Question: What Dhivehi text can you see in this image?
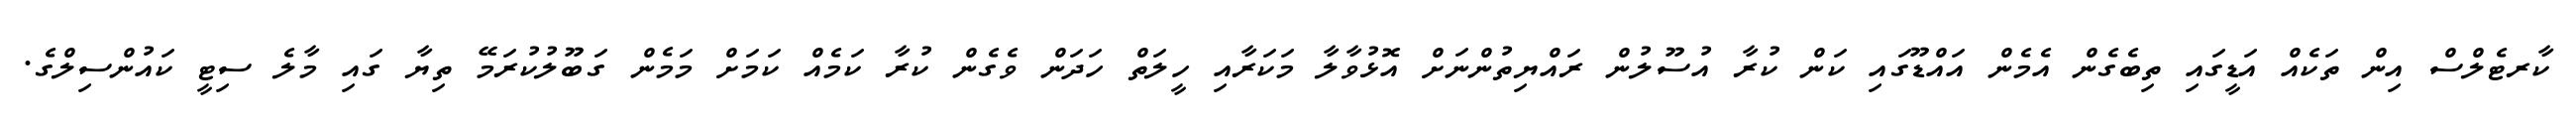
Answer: ކާރޓެލްސް އިން ތަކެއް އަޑީގައި ތިބެގެން އެމެން އައްޑޫގައި ކަން ކުރާ އުސޫލުން ރައްޔިތުންނަށް އޮޅުވާލާ މަކަރާއި ހީލަތް ހަދަން ވެގެން ކުރާ ކަމެއް ކަމަށް މަމެން ގަބޫލުކުރަމޭ ތިޔާ ގައި މާލެ ސިޓީ ކައުންސިލްގެ.